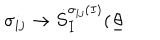
\sigma _ { i j } \rightarrow \dot { S } _ { I } ^ { \sigma _ { i j } ( I ) } ( \underline { { { \theta } } }